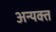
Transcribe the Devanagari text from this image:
अन्यक्त